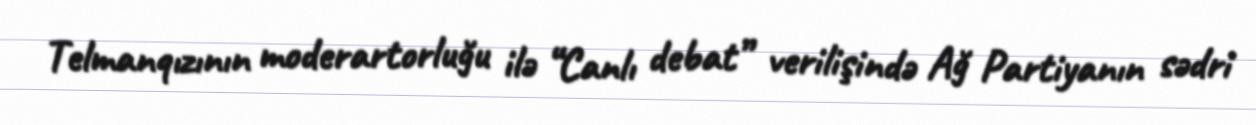
Telmanqızının moderartorluğu ilə “Canlı debat” verilişində Ağ Partiyanın sədri